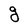
Character: g